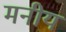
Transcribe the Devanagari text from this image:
मनीय